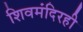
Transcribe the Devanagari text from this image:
शिवमंदिरही